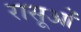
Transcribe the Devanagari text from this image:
रासूओं